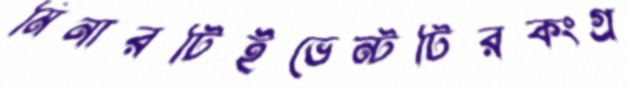
মিনারটিইভেন্টটিরকংগ্র